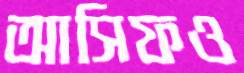
আসিফও